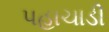
પહાચાડી